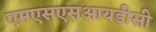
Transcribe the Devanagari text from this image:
एमएसएसआयडीसी